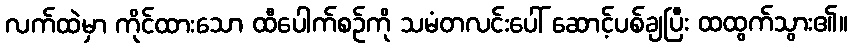
လက်ထဲမှာ ကိုင်ထားသော ထီပေါက်စဉ်ကို သမံတလင်းပေါ် ဆောင့်ပစ်ချပြီး ထထွက်သွား၏။